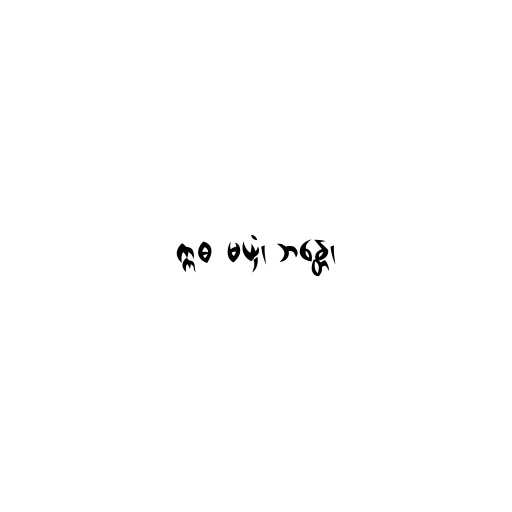
ဣဓ မယှံ၊ ဘန္တေ၊